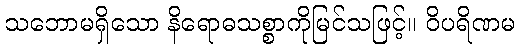
သဘောမရှိသော နိရောဓသစ္စာကိုမြင်သဖြင့်။ ဝိပရိဏမ